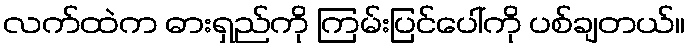
လက်ထဲက ဓားရှည်ကို ကြမ်းပြင်ပေါ်ကို ပစ်ချတယ်။